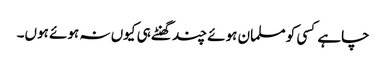
چاہے کسی کو مسلمان ہوئے چند گھنٹے ہی کیوں نہ ہوئے ہوں۔